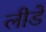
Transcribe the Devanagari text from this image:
लीडें